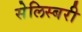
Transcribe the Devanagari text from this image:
सेलिस्बरी